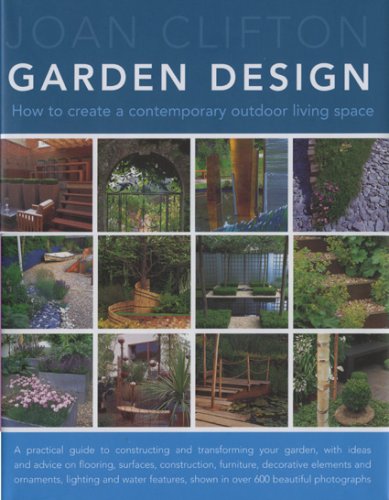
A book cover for Garden Design; Joan Clifton; Crafts, Hobbies & Home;